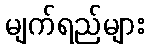
မျက်ရည်များ